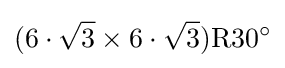
(6\cdot {\sqrt {3}}\times 6\cdot {\sqrt {3}})\mathrm {R} 30^{\circ }